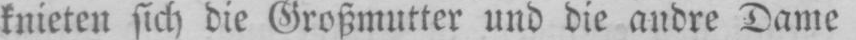
knieten sich die Großmutter und die andre Dame